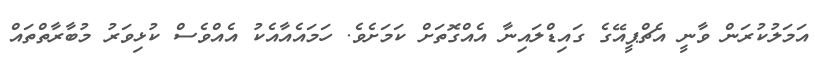
އަމަލުކުރަން ވާނީ އެޗްޕީއޭގެ ގައިޑްލައިނާ އެއްގޮތަށް ކަމަށެވެ. ހަމައެއާއެކު އެއްވެސް ކުޅިވަރު މުބާރާތްތައް